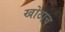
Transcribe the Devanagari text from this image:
खोटाच